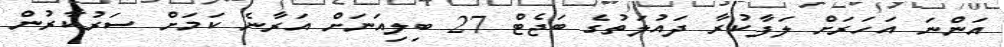
އަންނަ އަހަރަށް ލަފާކުރާ ދައުލަތުގެ ބަޖެޓް 27 ބިލިއަނަށް އަރާނެ ކަމަށް ސަރުކާރުން